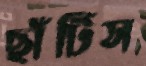
ছাঁটিস